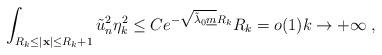
LaTeX: \begin{align*}\int_{R_k \le |\mathbf{x}| \le R_k+1} \tilde{u}_n^2 \eta_k^2 \le C e^{-\sqrt{\tilde{\lambda}_0 \underline{m}}R_k} R_k = o(1) k \to +\infty \; ,\end{align*}